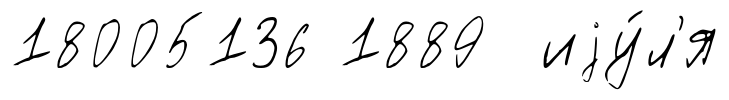
18005136 1889 иjу́л'я